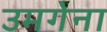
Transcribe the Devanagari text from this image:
उमगेना